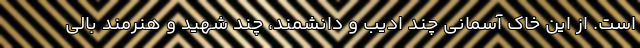
است. از این خاک آسمانی چند ادیب و دانشمند، چند شهید و هنرمند بالی